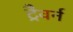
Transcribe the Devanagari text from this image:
ट्रैवर्न